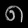
Digit: ၈